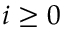
i \geq 0